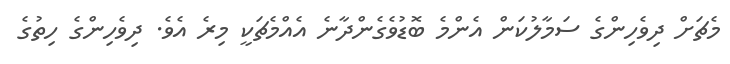
މެޗަށް ދިވެހިންގެ ސަމާލުކަން އެންމެ ބޮޑުވެގެންދާނެ އެއްމެޗަކީ މިރެ އެވެ. ދިވެހިންގެ ހިތުގެ